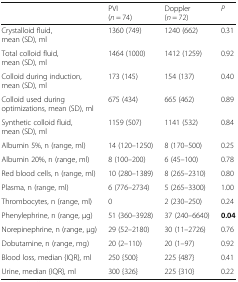
<table><thead><tr><td></td><td><b>PVI (<i>n</i> = 74)</b></td><td><b>Doppler (<i>n</i> = 72)</b></td><td><b><i>P</i></b></td></tr></thead><tbody><tr><td>Crystalloid fluid, mean (SD), ml</td><td>1360 (749)</td><td>1240 (662)</td><td>0.31</td></tr><tr><td>Total colloid fluid, mean (SD), ml</td><td>1464 (1000)</td><td>1412 (1259)</td><td>0.92</td></tr><tr><td>Colloid during induction, mean (SD), ml</td><td>173 (145)</td><td>154 (137)</td><td>0.40</td></tr><tr><td>Colloid used during optimizations, mean (SD), ml</td><td>675 (434)</td><td>665 (462)</td><td>0.89</td></tr><tr><td>Synthetic colloid fluid, mean (SD), ml</td><td>1159 (507)</td><td>1141 (532)</td><td>0.84</td></tr><tr><td>Albumin 5%, n (range, ml)</td><td>14 (120–1250)</td><td>8 (170–500)</td><td>0.25</td></tr><tr><td>Albumin 20%, n (range, ml)</td><td>8 (100–200)</td><td>6 (45–100)</td><td>0.78</td></tr><tr><td>Red blood cells, n (range, ml)</td><td>10 (280–1389)</td><td>8 (265–2310)</td><td>0.80</td></tr><tr><td>Plasma, n (range, ml)</td><td>6 (776–2734)</td><td>5 (265–3300)</td><td>1.00</td></tr><tr><td>Thrombocytes, n (range, ml)</td><td>0</td><td>2 (230–250)</td><td>0.24</td></tr><tr><td>Phenylephrine, n (range, μg)</td><td>51 (360–3928)</td><td>37 (240–6640)</td><td><b>0.04</b></td></tr><tr><td>Norepinephrine, n (range, μg)</td><td>29 (52–2180)</td><td>30 (11–2726)</td><td>0.76</td></tr><tr><td>Dobutamine, n (range, mg)</td><td>20 (2–110)</td><td>20 (1–97)</td><td>0.92</td></tr><tr><td>Blood loss, median {IQR}, ml</td><td>250 {500}</td><td>225 {487}</td><td>0.41</td></tr><tr><td>Urine, median {IQR}, ml</td><td>300 {326}</td><td>225 {310}</td><td>0.22</td></tr></tbody></table>